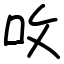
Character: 呚